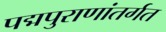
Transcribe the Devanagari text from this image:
पद्मपुराणांतर्गत